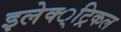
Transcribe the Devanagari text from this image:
इलेक्‍्ट्रिकल